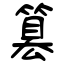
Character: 篡